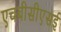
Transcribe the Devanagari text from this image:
एचबीसीएसई